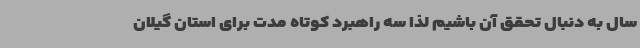
سال به دنبال تحقق آن باشیم لذا سه راهبرد کوتاه مدت برای استان گیلان